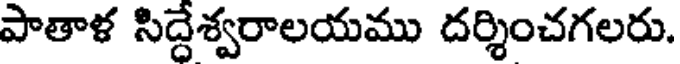
పాతాళ సిద్దేశ్వరాలయము దర్శించగలరు.